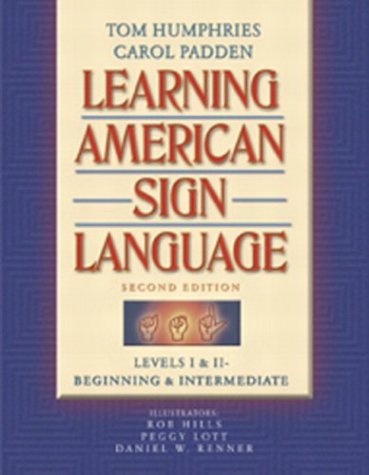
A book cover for Learning American Sign Language: Levels I & II--Beginning & Intermediate (2nd Edition); Tom L. Humphries; Education & Teaching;